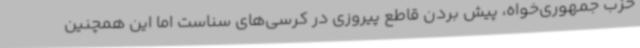
حزب جمهوری‌خواه، پیش بردن قاطع پیروزی در کرسی‌های سناست اما این همچنین